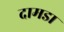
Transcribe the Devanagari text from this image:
दामडा